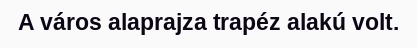
A város alaprajza trapéz alakú volt.